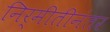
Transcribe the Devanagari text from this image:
निर्मीतीनंतर